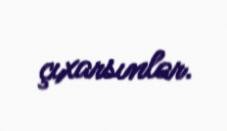
çıxarsınlar.